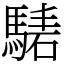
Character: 騞